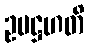
ဥပဋ္ဌဟတိ